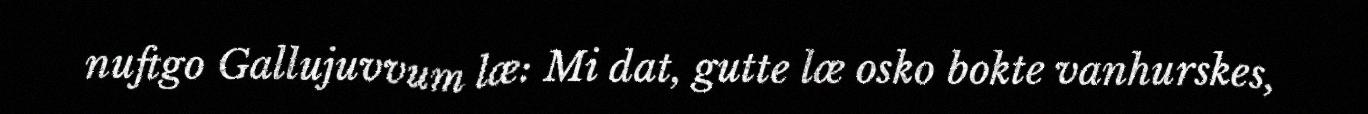
nuftgo Gallujuvvum læ: Mi dat, gutte læ osko bokte vanhurskes,